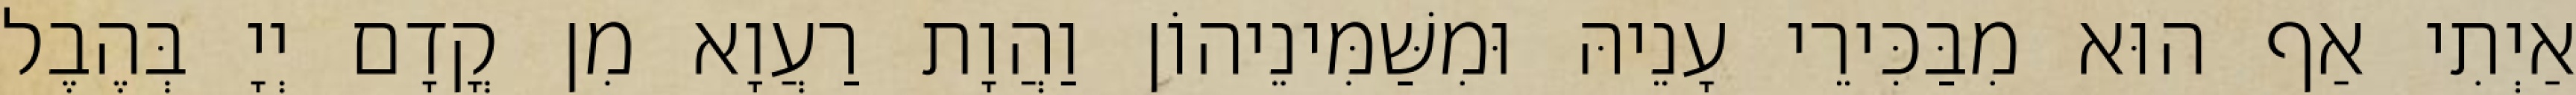
אַיְתִי אַף הוּא מִבַּכִּירֵי עָנֵיהּ וּמִשַּׁמִּינֵיהוֹן וַהֲוָת רַעֲוָא מִן קֳדָם יְיָ בְּהֶבֶל